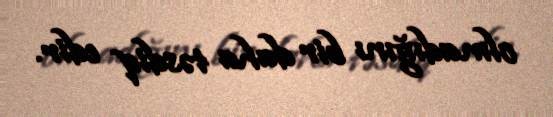
olmadığını bir daha təsdiq edir.